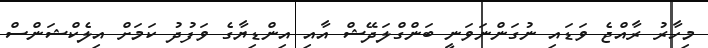
މިހާރު ރާއްޖެ ވަޑައި ނުގަންނަވަނީ ބަންގްލަދޭޝް އާއި އިންޑިޔާގެ ވަފުދު ކަމަށް އިލެކްޝަންސް